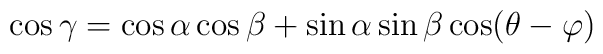
\cos\gamma=\cos\alpha\cos\beta+\sin\alpha\sin\beta\cos(\theta-\varphi)